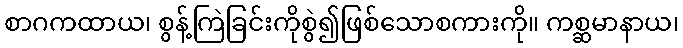
စာဂကထာယ၊ စွန့်ကြဲခြင်းကိုစွဲ၍ဖြစ်သောစကားကို။ ကစ္ဆမာနာယ၊